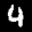
Label: 4